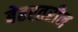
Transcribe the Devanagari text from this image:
बेहरतरीन